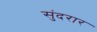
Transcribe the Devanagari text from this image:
सुंदरार